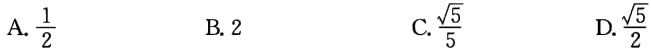
A. $\frac{1}{2}$  B. $2$  C. $\frac{\sqrt{5}}{5}$  D. $\frac{\sqrt{5}}{2}$